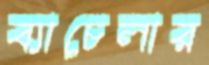
ব্যাচেলার